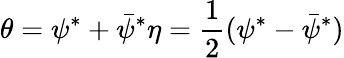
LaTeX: \theta=\psi^{\ast}+\bar{\psi}^{\ast}\eta={\frac{1}{2}}(\psi^{\ast}-\bar{\psi}^{\ast})